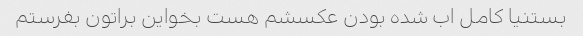
بستنیا کامل اب شده بودن عکسشم هست بخواین براتون بفرستم